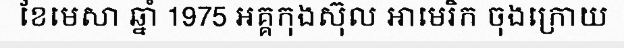
ខែមេសា ឆ្នាំ 1975 អគ្គកុងស៊ុល អាមេរិក ចុងក្រោយ